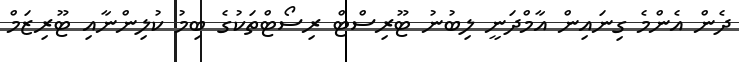
ދެން އެންމެ ގިނައިން އާމްދަނީ ލިބުނު ޓޫރިސްޓް ރިސޯޓްތަކުގެ ބިމު ކުލިންނާއި ޓޫރިޒަމް